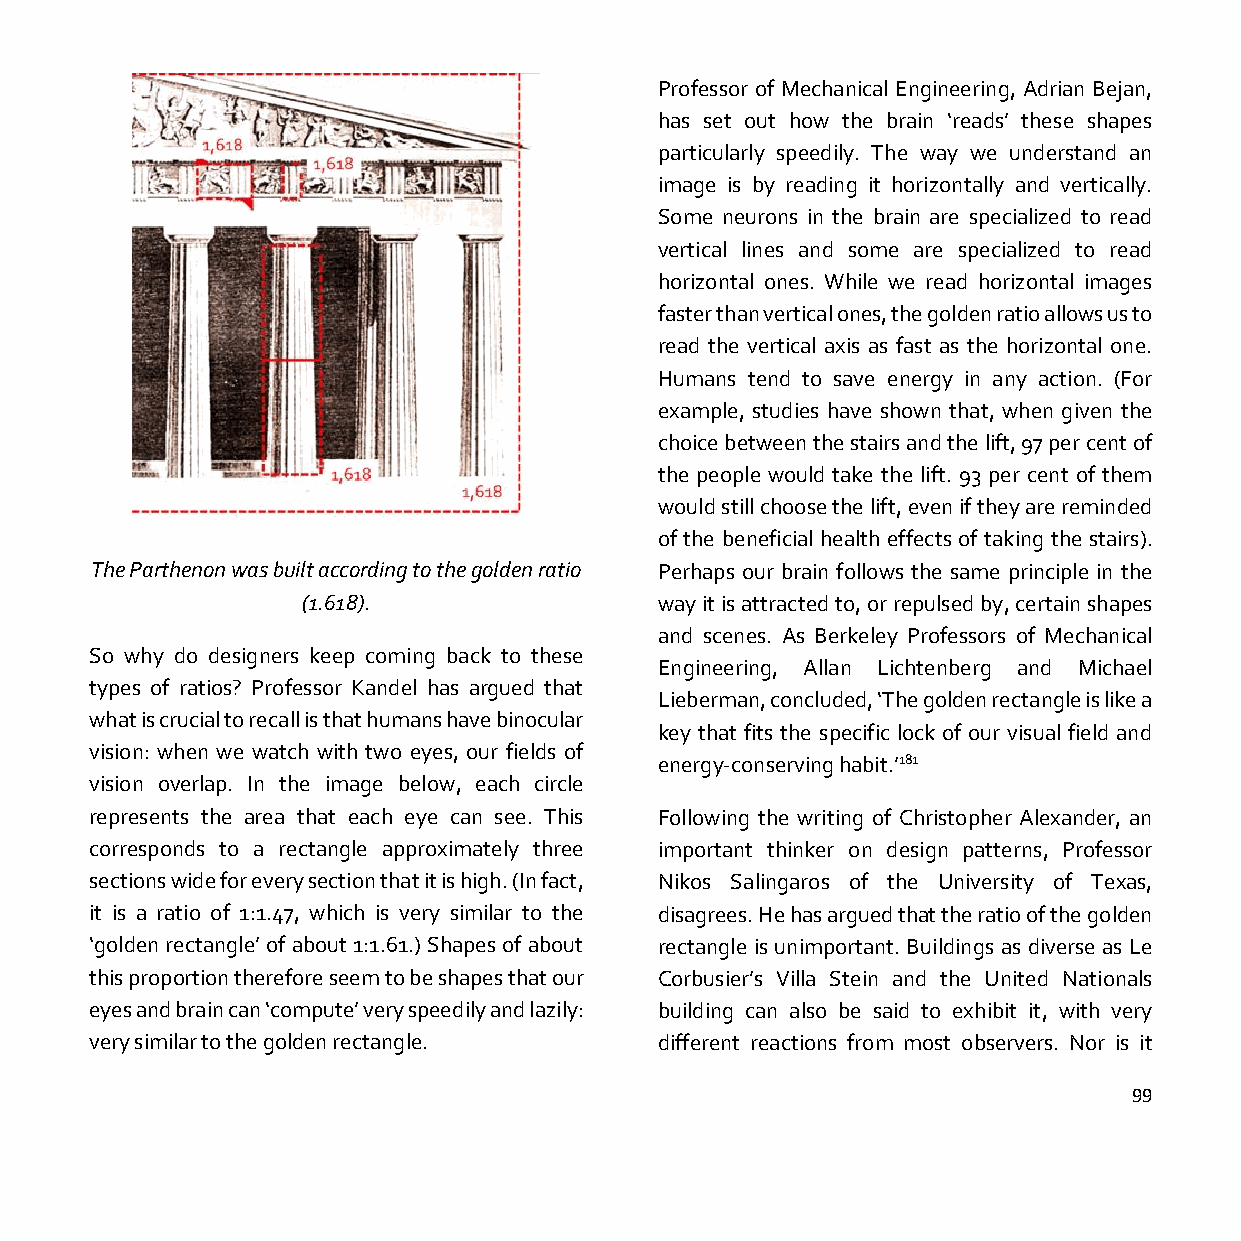
Professor of Mechanical Engineering, Adrian Bejan,
 has set out how the brain ‘reads’ these shapes
 particularly speedily. The way we understand an
 image is by reading it horizontally and vertically.
 Some neurons in the brain are specialized to read
 vertical lines and some are specialized to read
 horizontal ones. While we read horizontal images
 faster than vertical ones, the golden ratio allows us to
 read the vertical axis as fast as the horizontal one.
 Humans tend to save energy in any action. (For
 example, studies have shown that, when given the
 choice between the stairs and the lift, 97 per cent of
 the people would take the lift. 93 per cent of them
 would still choose the lift, even if they are reminded
 of the beneficial health effects of taking the stairs).
 The Parthenon was built according to the golden ratio Perhaps our brain follows the same principle in the
 (1.618).                way it is attracted to, or repulsed by, certain shapes
 and scenes. As Berkeley Professors of Mechanical
 So why do designers keep coming back to these
 Engineering, Allan Lichtenberg and Michael
 types of ratios? Professor Kandel has argued that
 Lieberman, concluded, ‘The golden rectangle is like a
 what is crucial to recall is that humans have binocular
 key that fits the specific lock of our visual field and
 vision: when we watch with two eyes, our fields of
 energy-conserving habit.’181
 vision overlap. In the image below, each circle
 represents the area that each eye can see. This Following the writing of Christopher Alexander, an
 corresponds to a rectangle approximately three important thinker on design patterns, Professor
 sections wide for every section that it is high. (In fact, Nikos Salingaros of the University of Texas,
 it is a ratio of 1:1.47, which is very similar to the disagrees. He has argued that the ratio of the golden
 ‘golden rectangle’ of about 1:1.61.) Shapes of about rectangle is unimportant. Buildings as diverse as Le
 this proportion therefore seem to be shapes that our Corbusier’s Villa Stein and the United Nationals
 eyes and brain can ‘compute’ very speedily and lazily: building can also be said to exhibit it, with very
 very similar to the golden rectangle. different reactions from most observers. Nor is it
 99